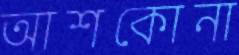
আশকোনা